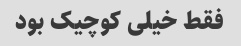
فقط خیلی کوچیک بود